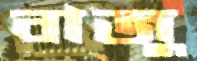
বাজু